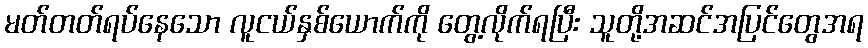
မတ်တတ်ရပ်နေသော လူငယ်နှစ်ယောက်ကို တွေ့လိုက်ရပြီး သူတို့အဆင်အပြင်တွေအရ